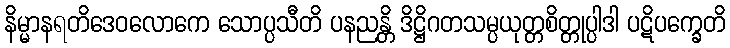
နိမ္မာနရတိဒေဝလောကေ သောပ္ပသီတိ ပနညန္တိ ဒိဋ္ဌိဂတသမ္ပယုတ္တစိတ္တုပ္ပါဒါ ပဋိပက္ခေတိ